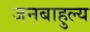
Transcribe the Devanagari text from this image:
जनबाहुल्य